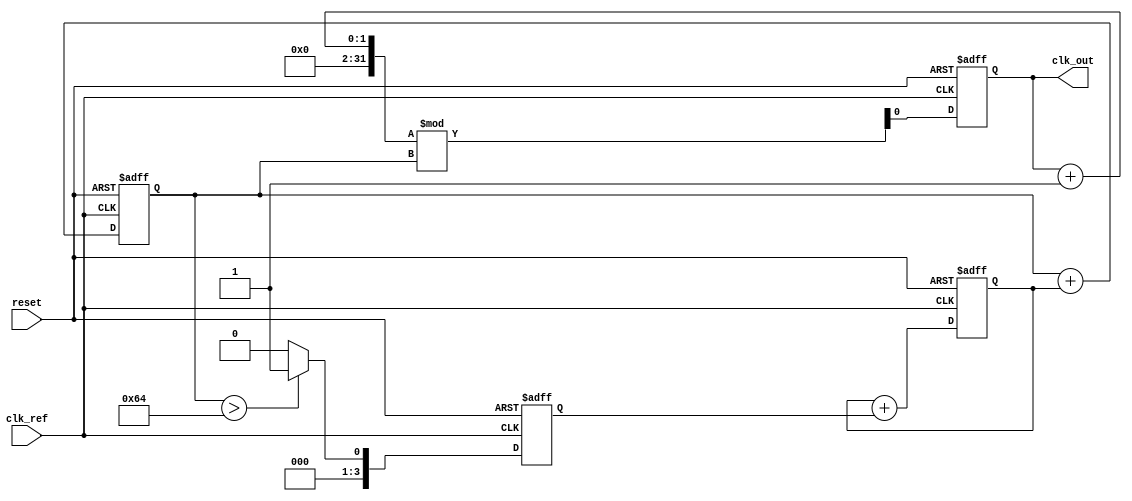
module DPLL (
    input wire clk_ref,            // Reference clock signal
    input wire reset,              // Reset signal
    output reg clk_out             // Output clock signal from VCO
);

// Parameters
parameter PHASE_DETECTOR_WIDTH = 4; // Bit width for phase detector output
parameter LOOP_FILTER_WIDTH = 8;     // Bit width for loop filter output
parameter VCO_WIDTH = 8;              // Bit width for VCO frequency control
parameter MEMORY_SIZE = 16;           // Size of memory block

// Internal signals
reg [PHASE_DETECTOR_WIDTH-1:0] phase_error; // Phase error signal
reg [LOOP_FILTER_WIDTH-1:0] filter_output;   // Output of the loop filter
reg [VCO_WIDTH-1:0] vco_control;             // Control signal for VCO
reg [VCO_WIDTH-1:0] vco_frequency;           // Current frequency of VCO
reg [MEMORY_SIZE-1:0] memory_block;          // Memory block for calibration values

// Phase Detector
always @(posedge clk_ref or posedge reset) begin
    if (reset) begin
        phase_error <= 0;
    end else begin
        // Simple phase detection logic (for demonstration)
        // Here we would compare the reference clock with the VCO output
        // For simplicity, we assume a fixed phase difference
        phase_error <= (vco_frequency > 8'd100) ? 4'b0001 : 4'b0000; // Example logic
    end
end

// Loop Filter
always @(posedge clk_ref or posedge reset) begin
    if (reset) begin
        filter_output <= 0;
    end else begin
        // Simple low-pass filter implementation
        filter_output <= filter_output + phase_error; // Integrate phase error
    end
end

// Voltage-Controlled Oscillator (VCO)
always @(posedge clk_ref or posedge reset) begin
    if (reset) begin
        vco_frequency <= 8'd100; // Initial frequency
        clk_out <= 0;
    end else begin
        // Adjust VCO frequency based on loop filter output
        vco_frequency <= vco_frequency + filter_output[LOOP_FILTER_WIDTH-1:LOOP_FILTER_WIDTH-8]; // Adjust frequency
        // Generate output clock signal based on VCO frequency
        clk_out <= (clk_out + 1) % vco_frequency; // Simple clock generation
    end
end

// Memory Block (for calibration or historical data)
always @(posedge clk_ref or posedge reset) begin
    if (reset) begin
        memory_block <= 0; // Initialize memory
    end else begin
        // Example: Store the last VCO frequency in memory
        memory_block <= vco_frequency; // Store current VCO frequency
    end
end

endmodule